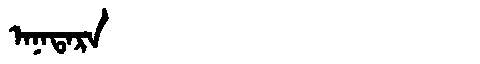
Manchu: ᠠᠨᠠᡨᠠᡵᠠ
Romanization: ANATARA